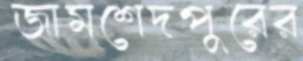
জামশেদপুরের